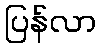
ပြန်လာ